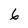
Character: 6